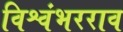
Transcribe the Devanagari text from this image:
विश्वंभरराव